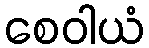
စေဝါယံ